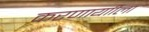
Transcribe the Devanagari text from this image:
करणार्याीला